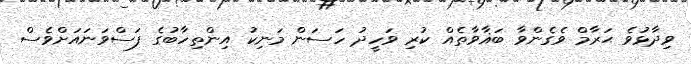
ވިދާޅުވެ ޙަރާމް ވެގެންވާ ބަޣާވާތެއް ކުރި ވަހީދު ހަސަން މަނިކު އިންތިހާބުގެ ފަސްވަނައަށްވެސް